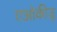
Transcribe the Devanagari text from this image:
एओकीज़ू